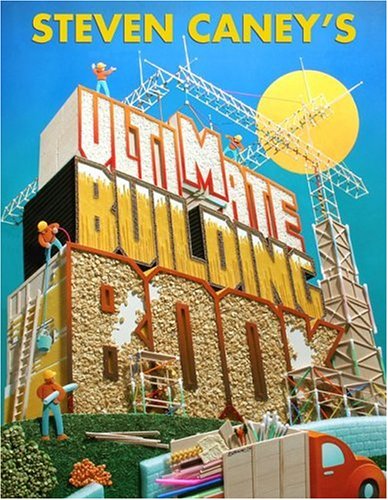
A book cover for Steven Caney's Ultimate Building Book; Steven Caney; Children's Books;